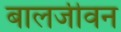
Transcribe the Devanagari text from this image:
बालजीवन